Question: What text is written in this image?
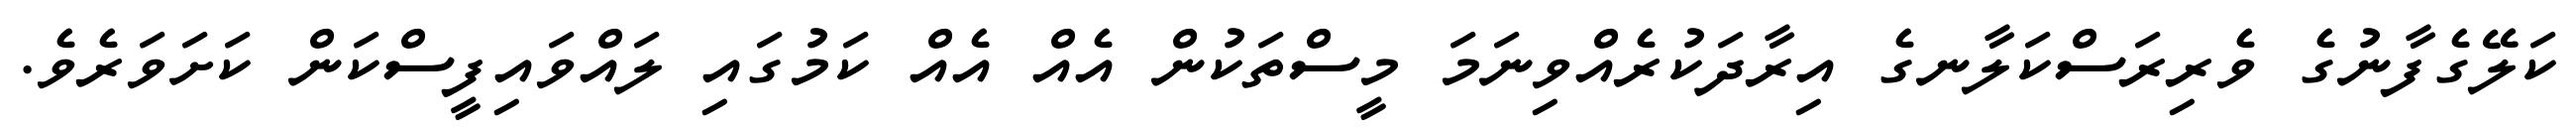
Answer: ކަލޭގެފާނުގެ ވެރިރަސްކަލާނގެ އިރާދަކުރެއްވިނަމަ މީސްތަކުން އެއް އެއް ކަމުގައި ލައްވައިފީސްކަން ކަށަވަރެވެ.